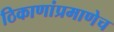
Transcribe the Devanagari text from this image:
ठिकाणांप्रमाणेच